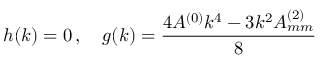
h ( \boldsymbol { k } ) = 0 \, , \quad g ( \boldsymbol { k } ) = \frac { 4 A ^ { ( 0 ) } k ^ { 4 } - 3 k ^ { 2 } A _ { m m } ^ { ( 2 ) } } { 8 }